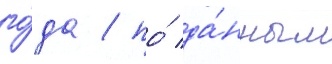
го́да / по́ да́нным